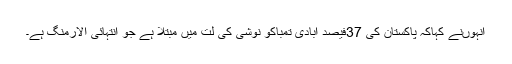
انہوںنے کہاکہ پاکستان کی 37فیصد آبادی تمباکو نوشی کی لت میں مبتلا ہے جو انتہائی الارمنگ ہے۔